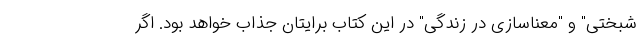
شبختی" و "معناسازی در زندگی" در این کتاب برایتان جذاب خواهد بود. اگر